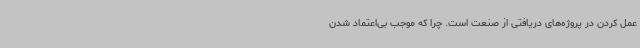
عمل کردن در پروژه‌های دریافتی از صنعت است. چرا که موجب بی‌اعتماد شدن